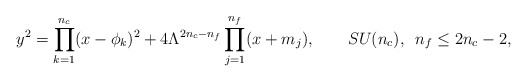
\begin{align*}y^{2} = \prod_{k=1}^{n_{c}}(x-\phi_{k})^{2} + 4 \Lambda^{2n_{c}-n_{f}} \prod_{j=1}^{n_{f}}(x+m_{j}), \qquad SU(n_c), \, \,\, n_f \le 2n_c-2,\end{align*}